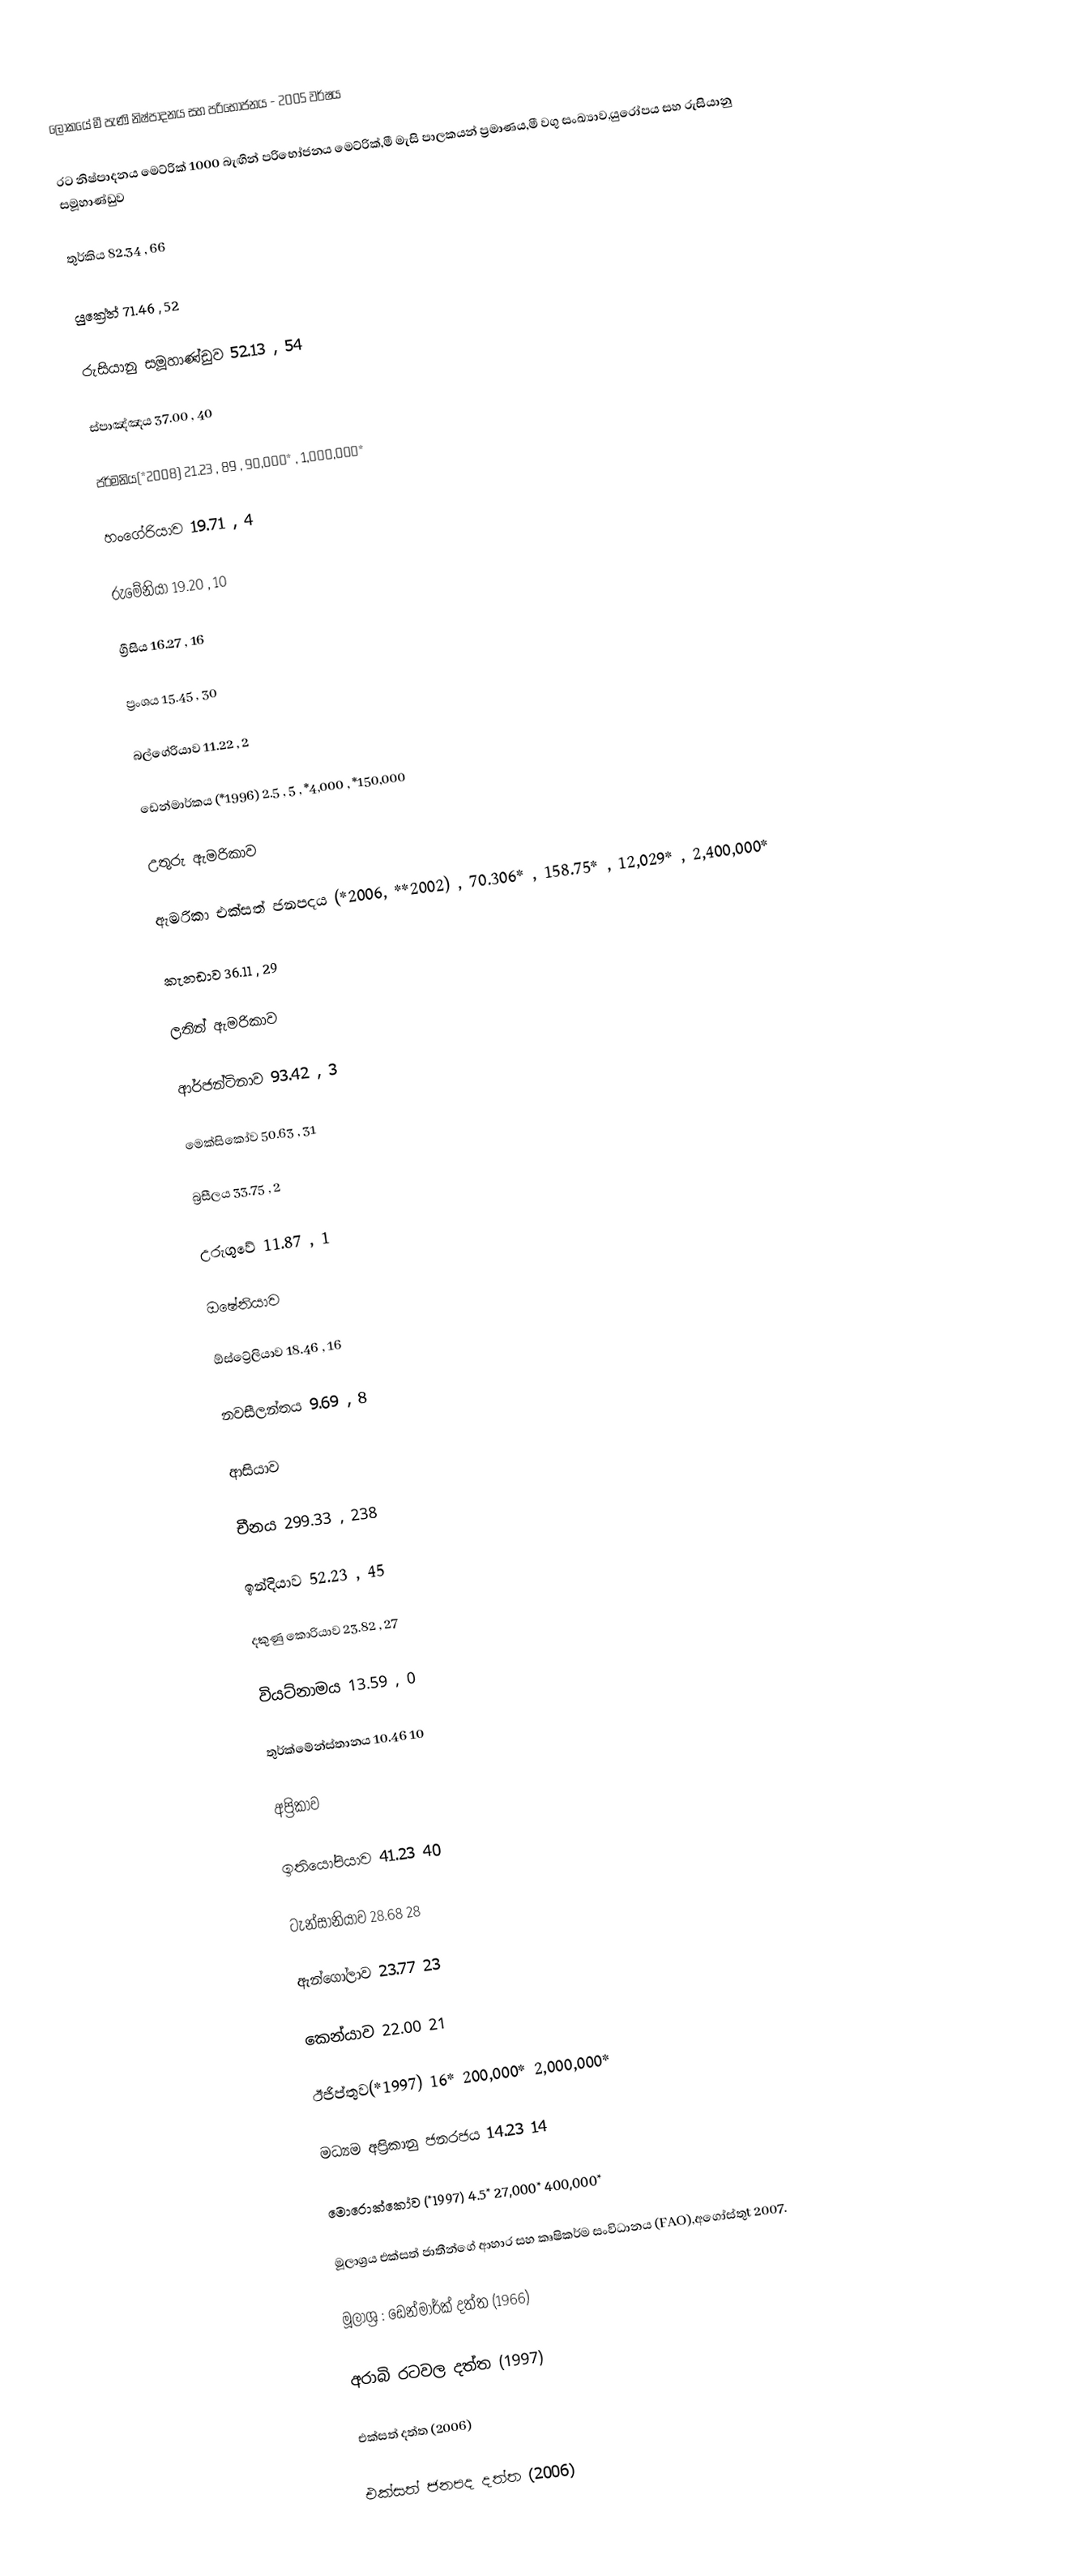
ලෝකයේ මී පැණි නිෂ්පාදනය සහ පරිභෝජනය - 2005 වර්ෂය

රට	නිෂ්පාදනය මෙට්රික් 1000 බැඟින්	පරිභෝජනය මෙට්රික්,මී මැසි පාලකයන් ප්‍රමාණය,මී වගු සංඛ්‍යාව,යුරෝපය සහ රුසියානු සමූහාණ්ඩුව

තුර්කිය	82.34 , 66

යුක්‍රේන්	71.46 , 52

රුසියානු සමූහාණ්ඩුව	52.13 , 54

ස්පාඤ්ඤය	37.00 , 40

ජර්මනිය(*2008)	21.23 , 89 , 90,000* , 1,000,000*

හංගේරියාව	19.71 , 4

රුමේනියා	19.20 , 10

ග්‍රීසිය	16.27 , 16

ප්‍රංශය	15.45 , 30

බල්ගේරියාව	11.22 , 2

‍ඩෙන්මාර්කය (*1996)	2.5 , 5 , *4,000 , *150,000

උතුරු ඇමරිකාව

ඇමරිකා එක්සත් ජනපදය (*2006, **2002) , 70.306* , 158.75* , 12,029* , 2,400,000*

කැනඩාව	36.11 , 29

ලතින් ඇමරිකාව

ආර්ජන්ටිනාව	93.42 , 3

මෙක්සිකෝව	50.63 , 31

බ්‍රසීලය	33.75 , 2

උරුගුවේ	11.87 , 1

ඔෂේනියාව

ඕස්ට්‍රේලියාව	18.46 , 16

නවසීලන්තය	9.69 , 8

ආසියාව

චීනය	299.33 , 238

ඉන්දියාව	52.23 , 45

දකුණු කොරියාව	23.82 , 27

වියට්නාමය	13.59 , 0

තුර්ක්‍මේන්ස්තානය	10.46	10

අප්‍රිකාව

ඉතියෝපියාව	41.23	40

ටැන්සානියාව	28.68	28

ඇන්ගෝලාව	23.77	23

කෙන්යාව	22.00	21

ඊජිප්තුව(*1997)	16*		200,000*	2,000,000*

මධ්‍යම අප්‍රිකානු ජනරජය	14.23	14

‍මොරොක්කෝව (*1997)	4.5*		27,000*	400,000*

මූලාශ්‍රය එක්සත් ජාතීන්ගේ ආහාර සහ කෘෂිකර්ම සංවිධානය  (FAO),අගෝස්තුt 2007.

මූලාශ්‍ර : ඩෙන්මාර්ක් දත්ත (1966)

අරාබි රටවල දත්ත (1997)

එක්සත් දත්ත (2006)

එක්සත් ජනපද දත්ත (2006)